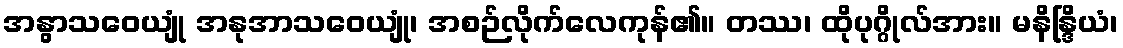
အနွာသဝေယျုံ အနုအာသဝေယျုံ၊ အစဉ်လိုက်လေကုန်၏။ တဿ၊ ထိုပုဂ္ဂိုလ်အား။ မနိန္ဒြိယံ၊